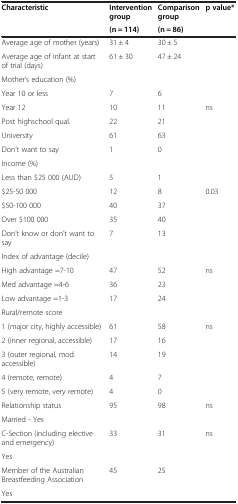
<table><thead><tr><td rowspan="2"><b>Characteristic</b></td><td><b>Intervention group</b></td><td><b>Comparison group</b></td><td rowspan="2"><b>p value*</b></td></tr><tr><td><b>(n = 114)</b></td><td><b>(n = 86)</b></td></tr></thead><tbody><tr><td>Average age of mother (years)</td><td>31 ± 4</td><td>30 ± 5</td><td></td></tr><tr><td>Average age of infant at start of trial (days)</td><td>61 ± 30</td><td>47 ± 24</td><td></td></tr><tr><td>Mother’s education (%)</td><td></td><td></td><td></td></tr><tr><td>Year 10 or less</td><td>7</td><td>6</td><td></td></tr><tr><td>Year 12</td><td>10</td><td>11</td><td>ns</td></tr><tr><td>Post highschool qual.</td><td>22</td><td>21</td><td></td></tr><tr><td>University</td><td>61</td><td>63</td><td></td></tr><tr><td>Don’t want to say</td><td>1</td><td>0</td><td></td></tr><tr><td>Income (%)</td><td></td><td></td><td></td></tr><tr><td>Less than $25 000 (AUD)</td><td>5</td><td>1</td><td></td></tr><tr><td>$25-50 000</td><td>12</td><td>8</td><td>0.03</td></tr><tr><td>$50-100 000</td><td>40</td><td>37</td><td></td></tr><tr><td>Over $100 000</td><td>35</td><td>40</td><td></td></tr><tr><td>Don’t know or don’t want to say</td><td>7</td><td>13</td><td></td></tr><tr><td>Index of advantage (decile)</td><td></td><td></td><td></td></tr><tr><td>High advantage =7-10</td><td>47</td><td>52</td><td>ns</td></tr><tr><td>Med advantage =4-6</td><td>36</td><td>23</td><td></td></tr><tr><td>Low advantage =1-3</td><td>17</td><td>24</td><td></td></tr><tr><td>Rural/remote score</td><td></td><td></td><td></td></tr><tr><td>1 (major city, highly accessible)</td><td>61</td><td>58</td><td>ns</td></tr><tr><td>2 (inner regional, accessible)</td><td>17</td><td>16</td><td></td></tr><tr><td>3 (outer regional, mod. accessible)</td><td>14</td><td>19</td><td></td></tr><tr><td>4 (remote, remote)</td><td>4</td><td>7</td><td></td></tr><tr><td>5 (very remote, very remote)</td><td>4</td><td>0</td><td></td></tr><tr><td>Relationship status</td><td>95</td><td>98</td><td>ns</td></tr><tr><td>Married - Yes</td><td></td><td></td><td></td></tr><tr><td>C-Section (including elective and emergency)</td><td>33</td><td>31</td><td>ns</td></tr><tr><td>Yes</td><td></td><td></td><td></td></tr><tr><td>Member of the Australian Breastfeeding Association</td><td>45</td><td>25</td><td></td></tr><tr><td>Yes</td><td></td><td></td><td></td></tr></tbody></table>